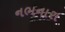
નભનારા